Report on the working of the mental hospitals for Indians in Bihar and Orissa - 1925-1929
Year: 1925
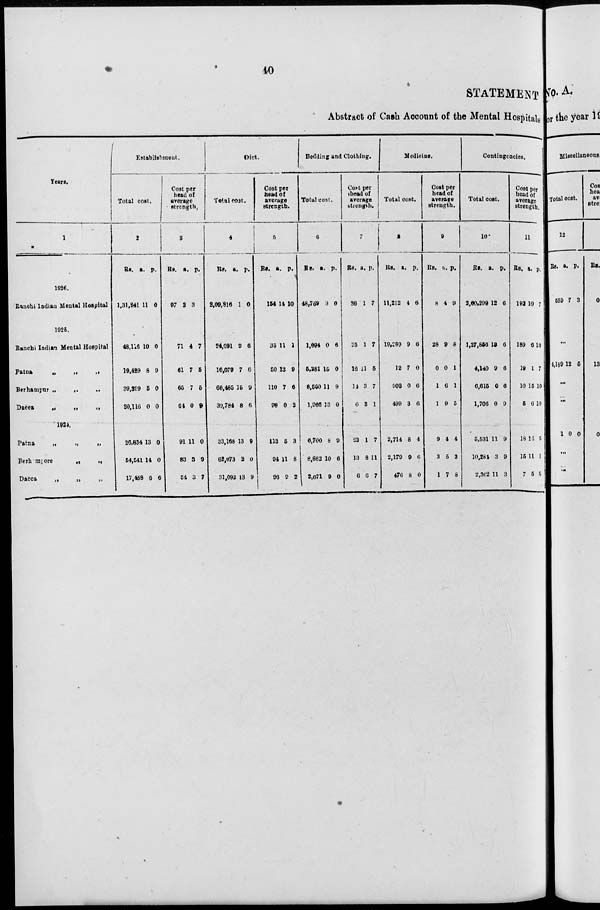
40
STATEMENT
Abstract of Cash Account of the Mental Hospitals
Years.
1
1926.
Ranchi Indian Mental Hospital
1925.
Ranchi Indian Mental Hospital
Patna
„
„
„
Berhampur „
„
„
Dacca
„
„
„
1924.
Patna
„
„
„
Berhmpore
„
„
Dacca
„
„ „
Establishment.
Total cost.
2
Rs.
1,31,241
48,116
19,429
39,399
20,116
26,834
54,541
17,458
a.
11
10
8
5
0
13
14
6
p.
0
0
9
0
0
0
0
6
Cost per
head of
average
strength.
3
Rs.
97 2
71
61
65
64
91
83
54
a.
3
4
7
7
0
11
3
3
p.
7
5
5
9
0
9
7
Diet.
Total cost.
4
Rs.
2,09,816
24,091
16,079
66,485
30,784
33,168
62,073
31,092
a.
1
9
7
15
8
13
2
13
p.
0
6
6
9
6
9
0
9
Cost per
head of
average
strength.
5
Rs.
157
35
50
110
98
113
94
96
a.
14
11
13
7
0
6
11
9
p.
10
1
9
6
2
3
8
2
Bedding and Clothing.
Total cost.
6
Rs.
48,769
1,694
5,281
8,560
1,965
6,700
8,882
2,071
a.
3
0
15
11
13
8
10
9
p.
0
6
0
9
0
9
6
0
Cost per
head of
average
strength.
7
Rs.
36
25
16
14
6
23
13
6
a.
1
1
11
3
3
1
8
6
p.
7
7
5
7
1
7
11
7
Medicine.
Total cost.
8
Rs.
11,212
19,289
12
903
499
2,714
2,179
476
a.
4
9
7
0
3
8
9
8
p.
6
6
0
6
6
4
6
0
Cost per
head of
average
strength.
9
Rs.
8
28
0
1
1
9
3
1
a.
4
9
0
6
9
4
5
7
p.
9
8
1
1
5
4
3
8
Contingencies.
Total cost.
10
Rs.
2,60,299
1,27,856
4,140
6,615
1,706
5,531
10,284
2,362
a.
12
13
9
0
0
11
3
11
p.
6
6
6
6
9
9
9
3
Cost per
head of
average
strength.
11
Rs.
192
189
19
10
5
18
15
7
a.
10
6
1
15
6
14
11
5
p.
7
10
7
10
10
5
1
5